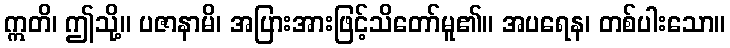
ဣတိ၊ ဤသို့။ ပဇာနာမိ၊ အပြားအားဖြင့်သိတော်မူ၏။ အပရေန၊ တစ်ပါးသော။